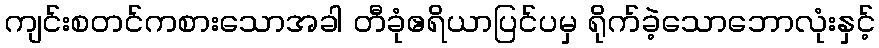
ကျင်းစတင်ကစားသောအခါ တီခုံဧရိယာပြင်ပမှ ရိုက်ခဲ့သောဘောလုံးနှင့်